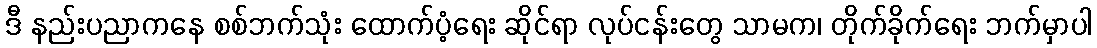
ဒီ နည်းပညာကနေ စစ်ဘက်သုံး ထောက်ပံ့ရေး ဆိုင်ရာ လုပ်ငန်းတွေ သာမက၊ တိုက်ခိုက်ရေး ဘက်မှာပါ